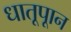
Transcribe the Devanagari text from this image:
धातूपाून